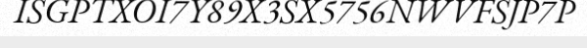
ISGPTXOI7Y89X3SX5756NWVFSJP7P